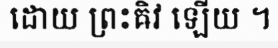
ដោយ ព្រះឝិវ ឡើយ ។